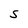
Character: S